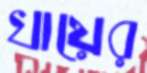
খায়ের